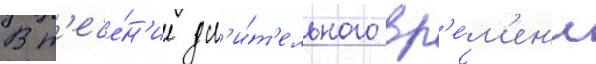
В т'ече́н'ие дл'и́т'ельного вр'е́м'ен'и